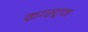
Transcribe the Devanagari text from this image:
क्रास्ट्रम